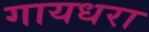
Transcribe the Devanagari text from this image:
गायधरा